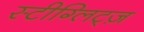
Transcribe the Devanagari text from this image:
स्टीग्लिट्ज़